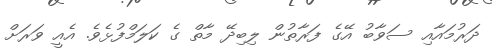
ދަރުމައާއި ސަވާބު އޭގެ ފަރާތުން ލިބިދޭ މާތް ގެ ކަލަމްފުޅެވެ. އެއީ ވަރަށް